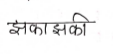
मजकूर: झकाझकी